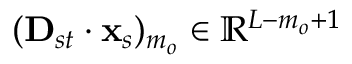
( \mathbf { D } _ { s t } \cdot \mathbf { x } _ { s } ) _ { m _ { o } } \in \mathbb { R } ^ { L - m _ { o } + 1 }